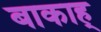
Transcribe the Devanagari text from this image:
बाकाह्